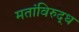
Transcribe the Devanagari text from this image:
मतांविरुद्ध